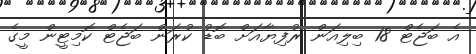
އެ ބަޖެޓް 18 ބިލިއަން ރުފިޔާއަށް ބޮޑު ކުރަން ބަޖެޓް ކޮމިޓީން މީގެ